画像に写った文字を読んでください
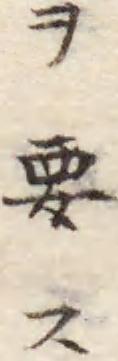
「ヲ要ス」と書いてあります